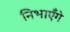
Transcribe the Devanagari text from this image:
निभाएँगे